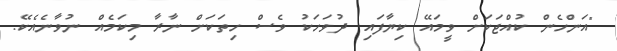
"އަންހެން ކުއްޖަކަށް ވީމައޭ ކިޔާފައި ދުވަހަކު ވެސް ހިތަކަށް ނާރާ މިކަމެއް ނުވާނެއެކޭ.